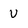
Character: v